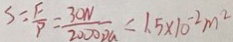
S = \frac { F } { P } = \frac { 3 0 N } { 2 0 0 0 0 G } = 1 . 5 \times 1 0 ^ { - 2 } m ^ { 2 }